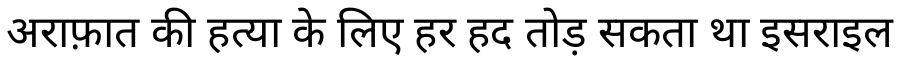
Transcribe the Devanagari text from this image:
अराफ़ात की हत्या के लिए हर हद तोड़ सकता था इसराइल